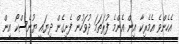
އެހެންވެ އެމެރިކާ އިން އެންމެ ފުރަތަމަ ދުވަހުން ފެށިގެން ދިޔައީ ޔުނެސްކޯ އިން